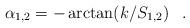
LaTeX: \begin{align*}\alpha_{1,2}=-\arctan (k/S_{1,2}) \, \ \ .\end{align*}